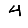
Digit: 4